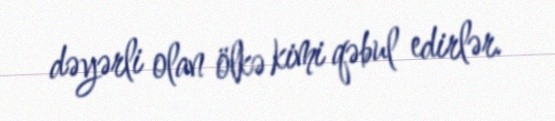
dəyərli olan ölkə kimi qəbul edirlər.